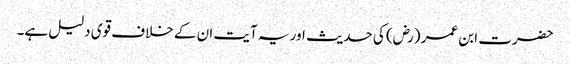
حضرت ابن عمر (رض) کی حدیث اور یہ آیت ان کے خلاف قوی دلیل ہے۔